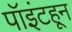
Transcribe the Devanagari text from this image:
पॉइंटहून